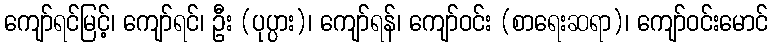
ကျော်ရင်မြင့်၊ ကျော်ရင်၊ ဦး (ပုပ္ပား)၊ ကျော်ရန်၊ ကျော်ဝင်း (စာရေးဆရာ)၊ ကျော်ဝင်းမောင်